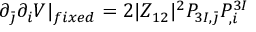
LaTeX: \partial _ { \bar { \jmath } } \partial _ { i } V \vert _ { f i x e d } = 2 \vert Z _ { 1 2 } \vert ^ { 2 } P _ { 3 I , \bar { \jmath } } P _ { , i } ^ { 3 I }